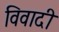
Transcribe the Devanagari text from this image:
विवादी